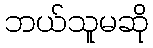
ဘယ်သူမဆို